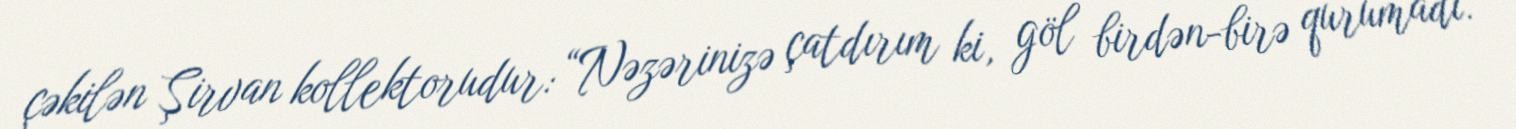
çəkilən Şirvan kollektorudur: “Nəzərinizə çatdırım ki, göl birdən-birə qurumadı.